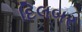
દિલબર